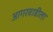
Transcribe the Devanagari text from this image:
आगरवाडीला